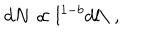
d N \propto l ^ { 1 - b } d l \mathrm { \ } ,